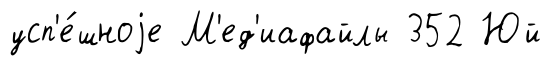
усп'е́шноjе М'ед'иафайлы 352 Юй